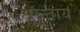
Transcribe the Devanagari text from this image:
श्रान्ताय